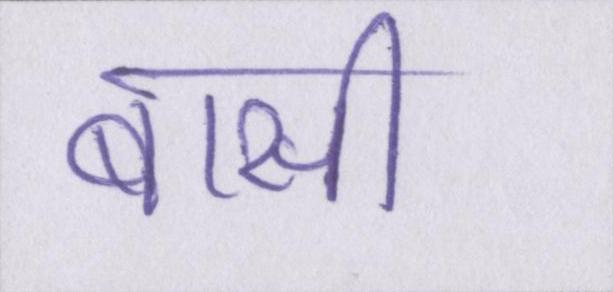
बासी